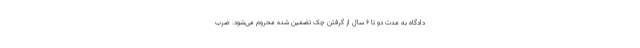
دادگاه به مدت دو تا ۶ سال از گرفتن چک تضمین شده محروم می‌شود. ضرب